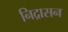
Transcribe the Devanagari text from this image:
निद्रासन